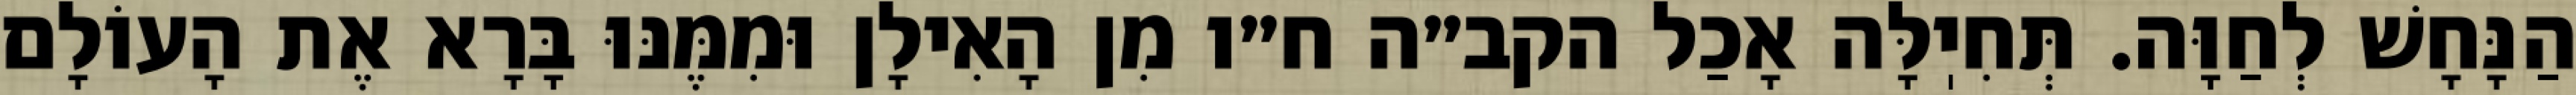
הַנָּחָשׁ לְחַוָּה. תְּחִיֽלָּה אָכַל הקב״ה ח״ו מִן הָאִילָן וּמִמֶּנּוּ בָּרָא אֶת הָעוֹלָם